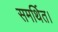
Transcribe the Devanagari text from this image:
समर्थित।